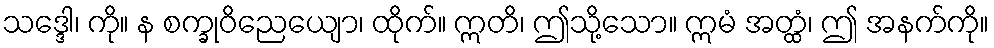
သဒ္ဒေါ၊ ကို။ န စက္ခုဝိညေယျော၊ ထိုက်။ ဣတိ၊ ဤသို့သော။ ဣမံ အတ္ထံ၊ ဤ အနက်ကို။